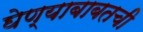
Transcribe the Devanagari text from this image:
घेण्याबाबतची